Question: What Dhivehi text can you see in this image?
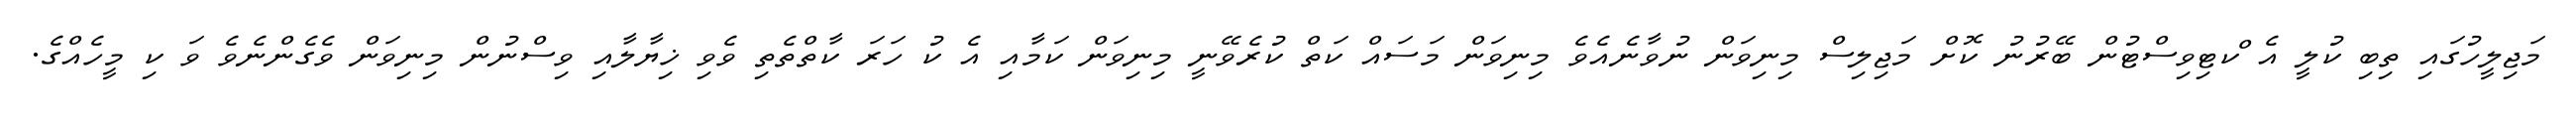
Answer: މަޖިލީހުގައި ތިބި ކުލީ އެ ްކޓިވިސްޓުން ބޭރުނު ކޮށް މަޖިލިސް މިނިވަން ނުވާނެއެވެ މިނިވަން މަސައް ކަތް ކުރެވޭނީ މިނިވަން ކަމާއި އެ ކު ހަރަ ކާތްތެތި ވެވި ޚިޔާލާއި ވިސްނުން މިނިވަން ވެގެންނެވެ ވަ ކި މީހެއްގެ.